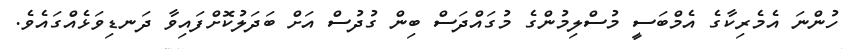
ހުންނަ އެމެރިކާގެ އެމްބަސީ މުސްލިމުންގެ މުގައްދަސް ބިން ގުދުސް އަށް ބަދަލުކޮށްފައިވާ ދަނޑިވަޅެއްގައެވެ.